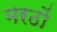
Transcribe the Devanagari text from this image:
मरठों